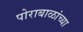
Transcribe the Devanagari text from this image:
पोराबाळांच्या